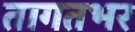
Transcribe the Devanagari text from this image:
तागतभर